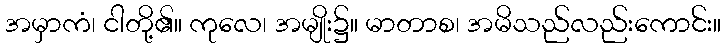
အမှာကံ၊ ငါတို့၏။ ကုလေ၊ အမျိုး၌။ မာတာစ၊ အမိသည်လည်းကောင်း။